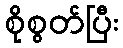
စိုစွတ်ပြီး